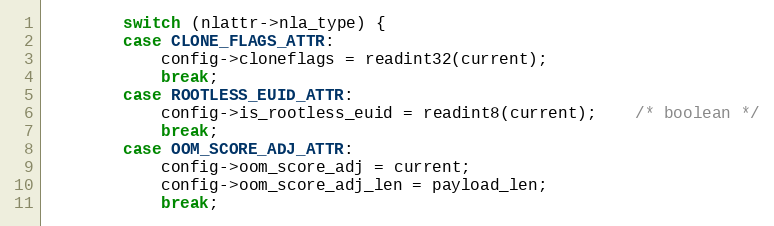
Language: C
		switch (nlattr->nla_type) {
		case CLONE_FLAGS_ATTR:
			config->cloneflags = readint32(current);
			break;
		case ROOTLESS_EUID_ATTR:
			config->is_rootless_euid = readint8(current);	/* boolean */
			break;
		case OOM_SCORE_ADJ_ATTR:
			config->oom_score_adj = current;
			config->oom_score_adj_len = payload_len;
			break;